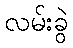
လမ်းခွဲ